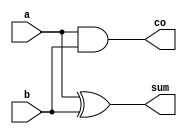
// Code your design here HA design
module ha(a,b,sum,co);
input a,b;
output sum,co;
assign sum=a^b;
assign co=a&b;
endmodule

// FA design

module fa(a,b,cin,sum,co);
input a,b,cin;
output sum,co;
ha ins1(a,b,s1,c1);
ha ins2(cin,s1,sum,c2);
or(co,c1,c2);
endmodule